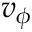
v _ { \phi }